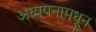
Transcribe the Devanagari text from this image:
अध्ययनामधून